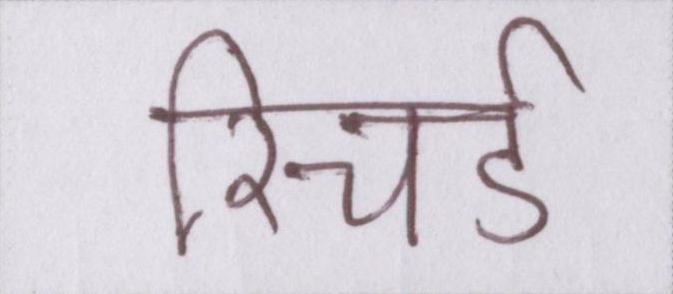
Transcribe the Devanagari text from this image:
रिचर्ड